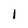
Character: I